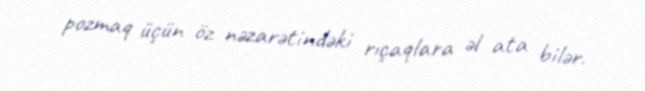
pozmaq üçün öz nəzarətindəki rıçaqlara əl ata bilər.